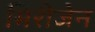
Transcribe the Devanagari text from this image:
मिरीजेन